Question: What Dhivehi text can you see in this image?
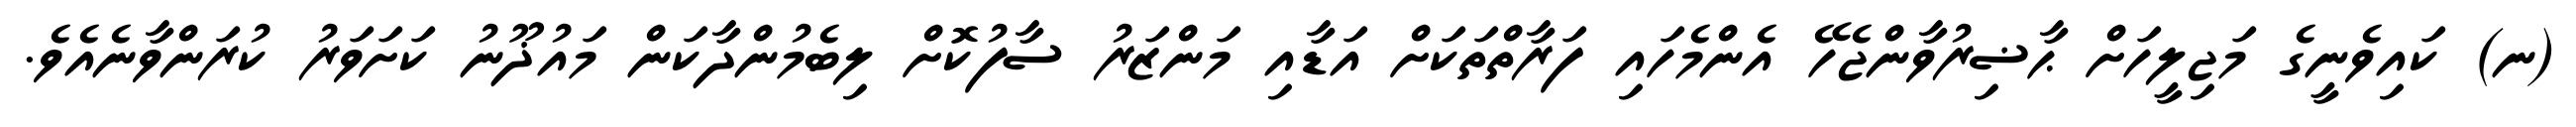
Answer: (ނ) ކައިވެނީގެ މަޖިލީހަށް ޙާޟިރުވާންޖެހޭ އެންމެހައި ފަރާތްތަކަށް އަޑާއި މަންޒަރު ސާފުކޮށް ލިބެމުންދާކަން މައުޛޫނު ކަށަވަރު ކުރަންވާނެއެވެ.